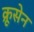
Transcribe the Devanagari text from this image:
क्रूसेन